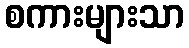
စကားများသာ